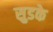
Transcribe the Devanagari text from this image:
सुडके